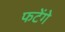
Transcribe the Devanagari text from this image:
फटेंगे